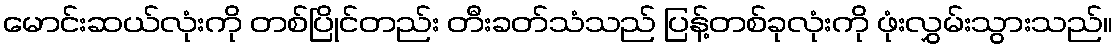
မောင်းဆယ်လုံးကို တစ်ပြိုင်တည်း တီးခတ်သံသည် ပြန့်တစ်ခုလုံးကို ဖုံးလွှမ်းသွားသည်။